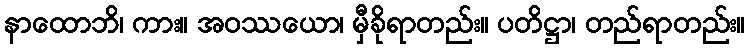
နာထောဘိ၊ ကား။ အဝဿယော၊ မှီခိုရာတည်း။ ပတိဋ္ဌာ၊ တည်ရာတည်း။